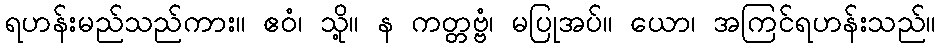
ရဟန်းမည်သည်ကား။ ဧဝံ၊ သို့။ န ကတ္တဗ္ဗံ၊ မပြုအပ်။ ယော၊ အကြင်ရဟန်းသည်။